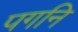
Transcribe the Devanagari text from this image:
पगनि